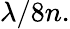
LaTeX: \lambda/8n.